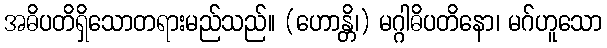
အဓိပတိရှိသောတရားမည်သည်။ (ဟောန္တိ၊) မဂ္ဂါဓိပတိနော၊ မဂ်ဟူသော